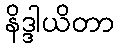
နိဒ္ဒါယိတာ